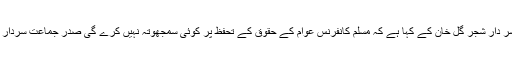
22 مئی2018ء) مجاہد اول سردار عبدالقیوم خان مرحوم کے پولیٹکل سیکرٹری سر دار شجر گل خان کے کہا ہے کہ مسلم کانفرنس عوام کے حقوق کے تحفظ پر کوئی سمجھوتہ نہیں کرے گی صدر جماعت سردار عتیق احمد خان ہر فورم پر پورے ریاست کی تشخص کے تحفظ کی بات کی ہے ۔